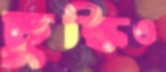
চুল্‌কিও